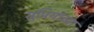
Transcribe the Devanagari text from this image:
सुप्रियाच्या